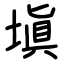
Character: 塡